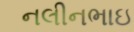
નલીનભાઇ